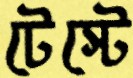
টেস্টে